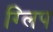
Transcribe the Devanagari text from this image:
ग्लिप